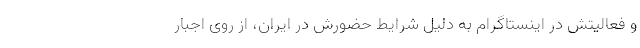
و فعالیتش در اینستاگرام به دلیل شرایط حضورش در ایران، از روی اجبار